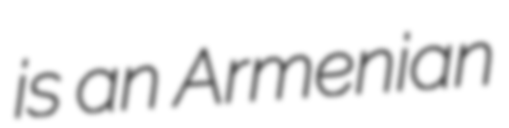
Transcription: is an Armenian